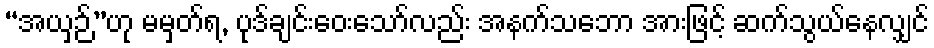
“အယှဉ်”ဟု မမှတ်ရ, ပုဒ်ချင်းဝေးသော်လည်း အနက်သဘော အားဖြင့် ဆက်သွယ်နေလျှင်